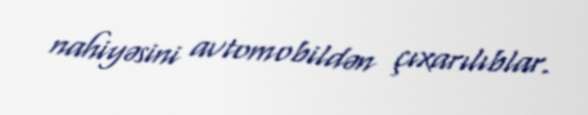
nahiyəsini avtomobildən çıxarılıblar.